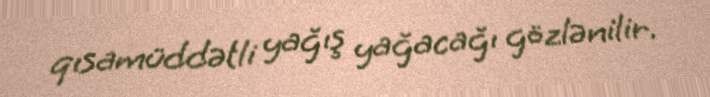
qısamüddətli yağış yağacağı gözlənilir.